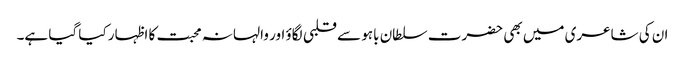
ان کی شاعری میں بھی حضرت سلطان باہو سے قلبی لگاؤ اور والہانہ محبت کا اظہار کیا گیا ہے۔